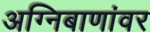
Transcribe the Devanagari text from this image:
अग्निबाणांवर